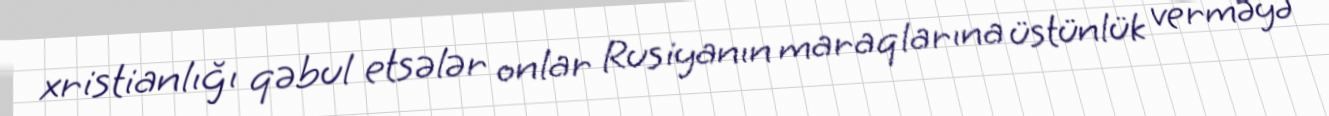
xristianlığı qəbul etsələr onlar Rusiyanın maraqlarına üstünlük verməyə